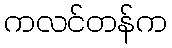
ကလင်တန်က